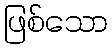
ဖြစ်သော